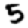
Digit: 5